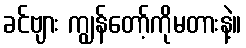
ခင်ဗျား ကျွန်တော့်ကိုမတားနဲ့။